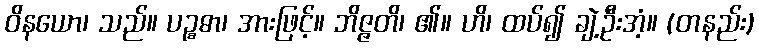
ဝိနယော၊ သည်။ ပဉ္စဓာ၊ အားဖြင့်။ ဘိဇ္ဇတိ၊ ၏။ ဟိ၊ ထပ်၍ ချဲ့ဦးအံ့။ (တနည်း)